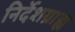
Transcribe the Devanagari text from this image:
निर्देशग्राह्य